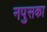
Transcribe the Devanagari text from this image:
नपुसका